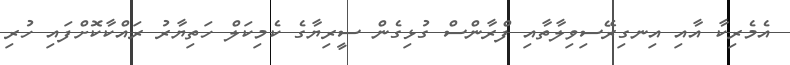
އެމެރިކާ އާއި އިނގިރޭސިވިލާތާއި ފްރާންސް ގުޅިގެން ސީރިޔާގެ ކެމިކަލް ހަތިޔާރު ރައްކާކޮށްފައި ހުރި